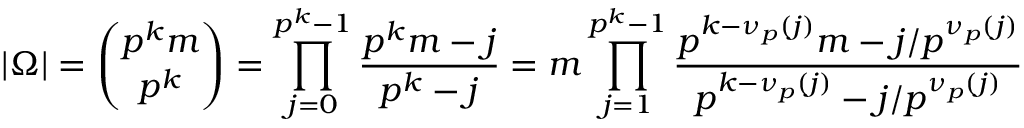
| \Omega | = { \binom { p ^ { k } m } { p ^ { k } } } = \prod _ { j = 0 } ^ { p ^ { k } - 1 } { \frac { p ^ { k } m - j } { p ^ { k } - j } } = m \prod _ { j = 1 } ^ { p ^ { k } - 1 } { \frac { p ^ { k - \nu _ { p } ( j ) } m - j / p ^ { \nu _ { p } ( j ) } } { p ^ { k - \nu _ { p } ( j ) } - j / p ^ { \nu _ { p } ( j ) } } }